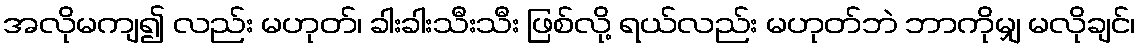
အလိုမကျ၍ လည်း မဟုတ်၊ ခါးခါးသီးသီး ဖြစ်လို့ ရယ်လည်း မဟုတ်ဘဲ ဘာကိုမျှ မလိုချင်၊